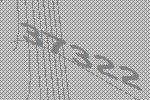
37322